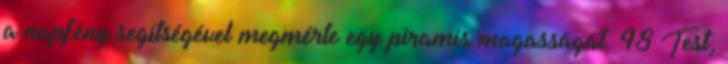
a napfény segítségével megmérte egy piramis magasságát. 48 Test,